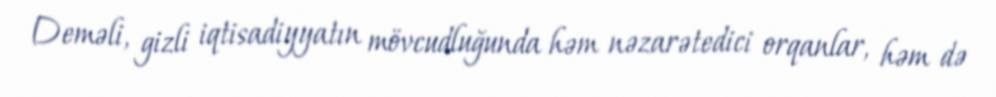
Deməli, gizli iqtisadiyyatın mövcudluğunda həm nəzarətedici orqanlar, həm də